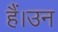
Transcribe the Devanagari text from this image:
हैं।उन